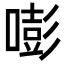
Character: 嘭